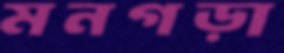
মনগড়া